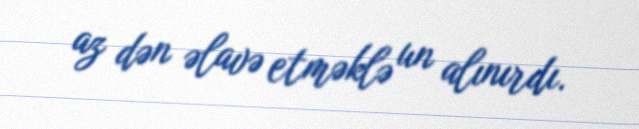
az dən əlavə etməklə un alınırdı.